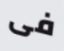
فى